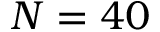
N = 4 0